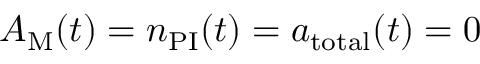
A _ { \mathrm { M } } ( t ) = n _ { \mathrm { P I } } ( t ) = a _ { \mathrm { t o t a l } } ( t ) = 0